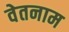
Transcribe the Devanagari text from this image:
वेतनाम